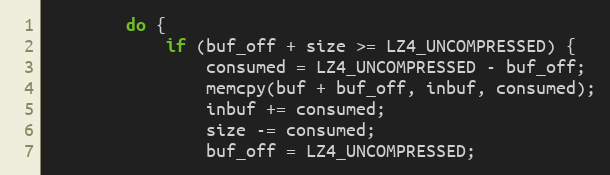
Language: C++
        do {
            if (buf_off + size >= LZ4_UNCOMPRESSED) {
                consumed = LZ4_UNCOMPRESSED - buf_off;
                memcpy(buf + buf_off, inbuf, consumed);
                inbuf += consumed;
                size -= consumed;
                buf_off = LZ4_UNCOMPRESSED;